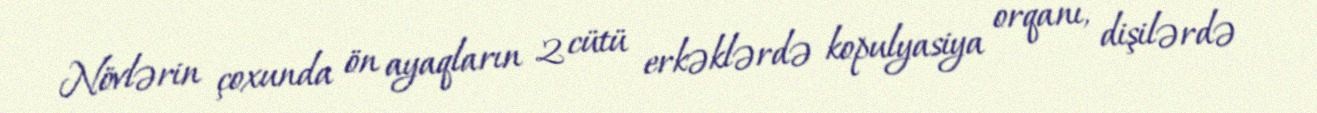
Növlərin çoxunda ön ayaqların 2 cütü erkəklərdə kopulyasiya orqanı, dişilərdə